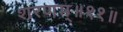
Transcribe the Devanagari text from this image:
शरणम्॥११॥